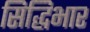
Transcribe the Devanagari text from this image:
सिद्धिभार